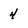
Character: 4